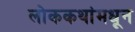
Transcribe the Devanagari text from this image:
लोककथांमधून